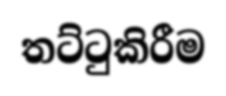
තට්ටුකිරීම